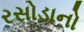
રસોડાનો